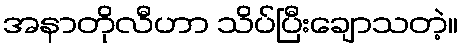
အနာတိုလီဟာ သိပ်ပြီးချောသတဲ့။